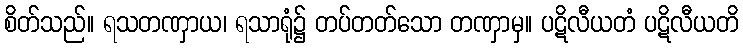
စိတ်သည်။ ရသတဏှာယ၊ ရသာရုံ၌ တပ်တတ်သော တဏှာမှ။ ပဋိလီယတံ ပဋိလီယတိ